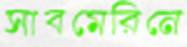
সাবমেরিনে